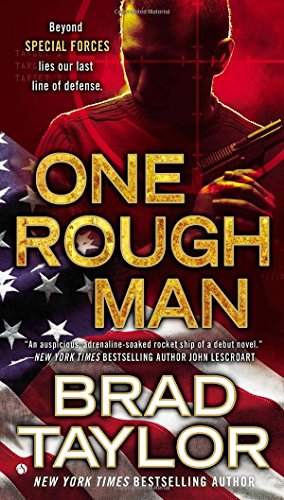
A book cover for One Rough Man: A Pike Logan Thriller; Brad Taylor; Mystery, Thriller & Suspense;